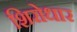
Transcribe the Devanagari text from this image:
शिरोधार